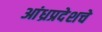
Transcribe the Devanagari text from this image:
आंध्रप्रदेशचे